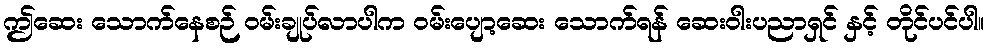
ဤဆေး သောက်နေစဉ် ဝမ်းချုပ်လာပါက ဝမ်းပျော့ဆေး သောက်ရန် ဆေးဝါးပညာရှင် နှင့် တိုင်ပင်ပါ။